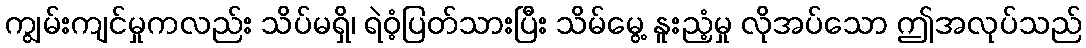
ကျွမ်းကျင်မှုကလည်း သိပ်မရှိ၊ ရဲဝံ့ပြတ်သားပြီး သိမ်မွေ့ နူးညံ့မှု လိုအပ်သော ဤအလုပ်သည်